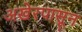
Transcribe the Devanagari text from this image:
अखेरपासून